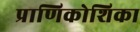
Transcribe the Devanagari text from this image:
प्राणिकोशिका